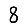
Digit: 8